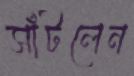
সাঁটলেন